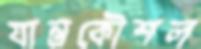
যান্ত্রকৌশল